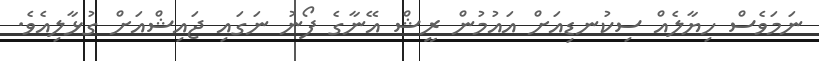
ނަމަވެސް ހިޔާލެއް ސިކުނޑިއަށް އައުމުން ރީޝް އޭނާގެ ފޯނު ނަގައި ޖައިޝްއަށް ގުޅާލިއެވެ.